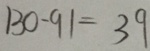
1 3 0 - 9 1 = 3 9